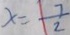
x = \frac { 7 } { 2 }